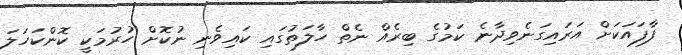
ފާފައަކަށް އަރައިގަނެވިދާނެ ކަމުގެ ބިރެއް ނެތް ހާލަތުގައި ކައިވެނި ނުކޮށް ހުރުމަކީ ކޮންކަހަލަ